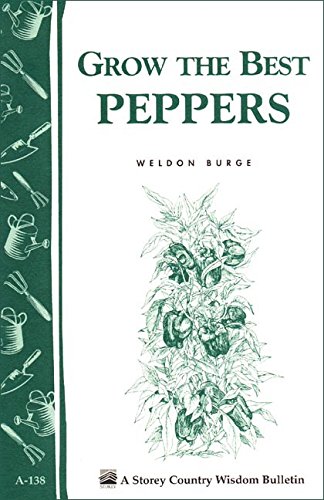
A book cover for Grow the Best Peppers: Storey's Country Wisdom Bulletin A-138 (Storey Publishing Bulletin); Weldon Burge; Science & Math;